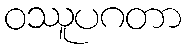
ဝဿူပဂတာ